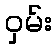
ဝှမ်း